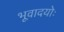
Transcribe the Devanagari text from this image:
भूवादयोः